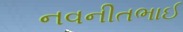
નવનીતભાઈ